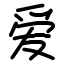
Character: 爱